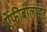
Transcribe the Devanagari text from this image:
ऐंफ़ीबोलाइट